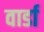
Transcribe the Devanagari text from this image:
वार्डा